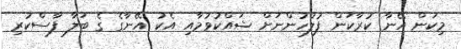
މިކަން އޭނާ ކުރާކަން ފުލުހުންނަށް ޝައްކުވުމާއި އެކު އޭނާގެ ގެ ބަލާ ފާސްކުރި